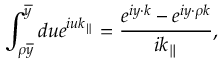
\int _ { \rho \overline { { { y } } } } ^ { \overline { { { y } } } } d u e ^ { i u k _ { \parallel } } = \frac { e ^ { i y \cdot k } - e ^ { i y \cdot \rho k } } { i k _ { \parallel } } ,